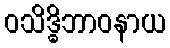
ဝသိဒ္ဓိဘာဝနာယ